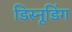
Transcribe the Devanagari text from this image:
डिस्नूडिंग